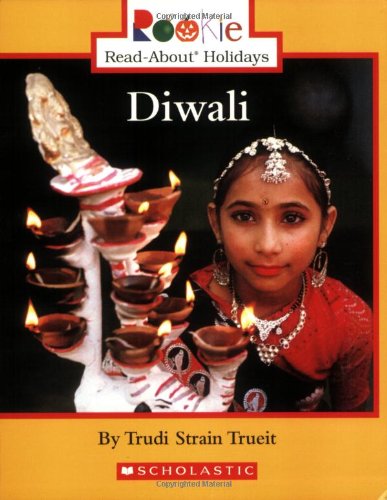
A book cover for Diwali (Rookie Read-About Holidays); Trudi Strain Trueit; Children's Books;